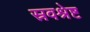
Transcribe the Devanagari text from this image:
स्रवश्रेष्ट